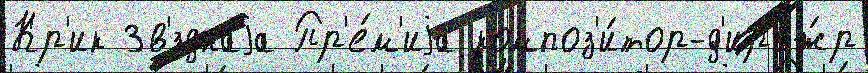
Кр'ик Зв'́зднаjа Пр'е́м'иjа композ'и́тор-д'ир'иж́р